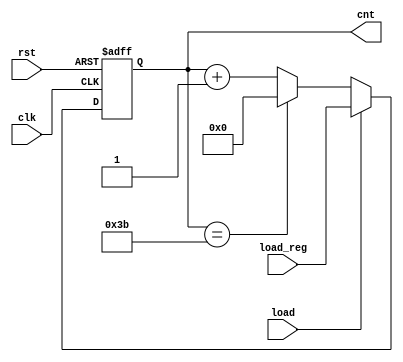
`timescale 1ns / 1ps
//////////////////////////////////////////////////////////////////////////////////
// Company: 
// Engineer: 
// 
// Design Name: 
// Module Name: counter
// Project Name: 
// Target Devices: 
// Tool Versions: 
// Description: 
// 
// Dependencies: 
// 
// Revision:
// Revision 0.01 - File Created
// Additional Comments:
// 
//////////////////////////////////////////////////////////////////////////////////


module counter(
    input clk, rst, load,
    input [5:0]load_reg,
    output reg [5:0]cnt
    );
    
    
    always @(posedge clk or posedge rst) begin
        if (rst) begin
            cnt = 0;
        end else begin
            if (load) begin
                cnt = load_reg;
            end else begin
                if (cnt == 59) cnt = 0;
                else cnt = cnt + 1;
            end
        end
    end
endmodule